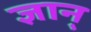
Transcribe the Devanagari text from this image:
ज्ञान्